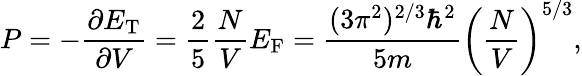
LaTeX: P=-{\frac{\partial E_{\mathrm{{T}}}}{\partial V}}={\frac{2}{5}}{\frac{N}{V}}E_{\mathrm{F}}={\frac{(3\pi^{2})^{2/3}\hbar^{2}}{5m}}\left({\frac{N}{V}}\right)^{5/3},